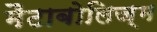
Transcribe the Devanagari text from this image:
मैटाबोलिज़्म